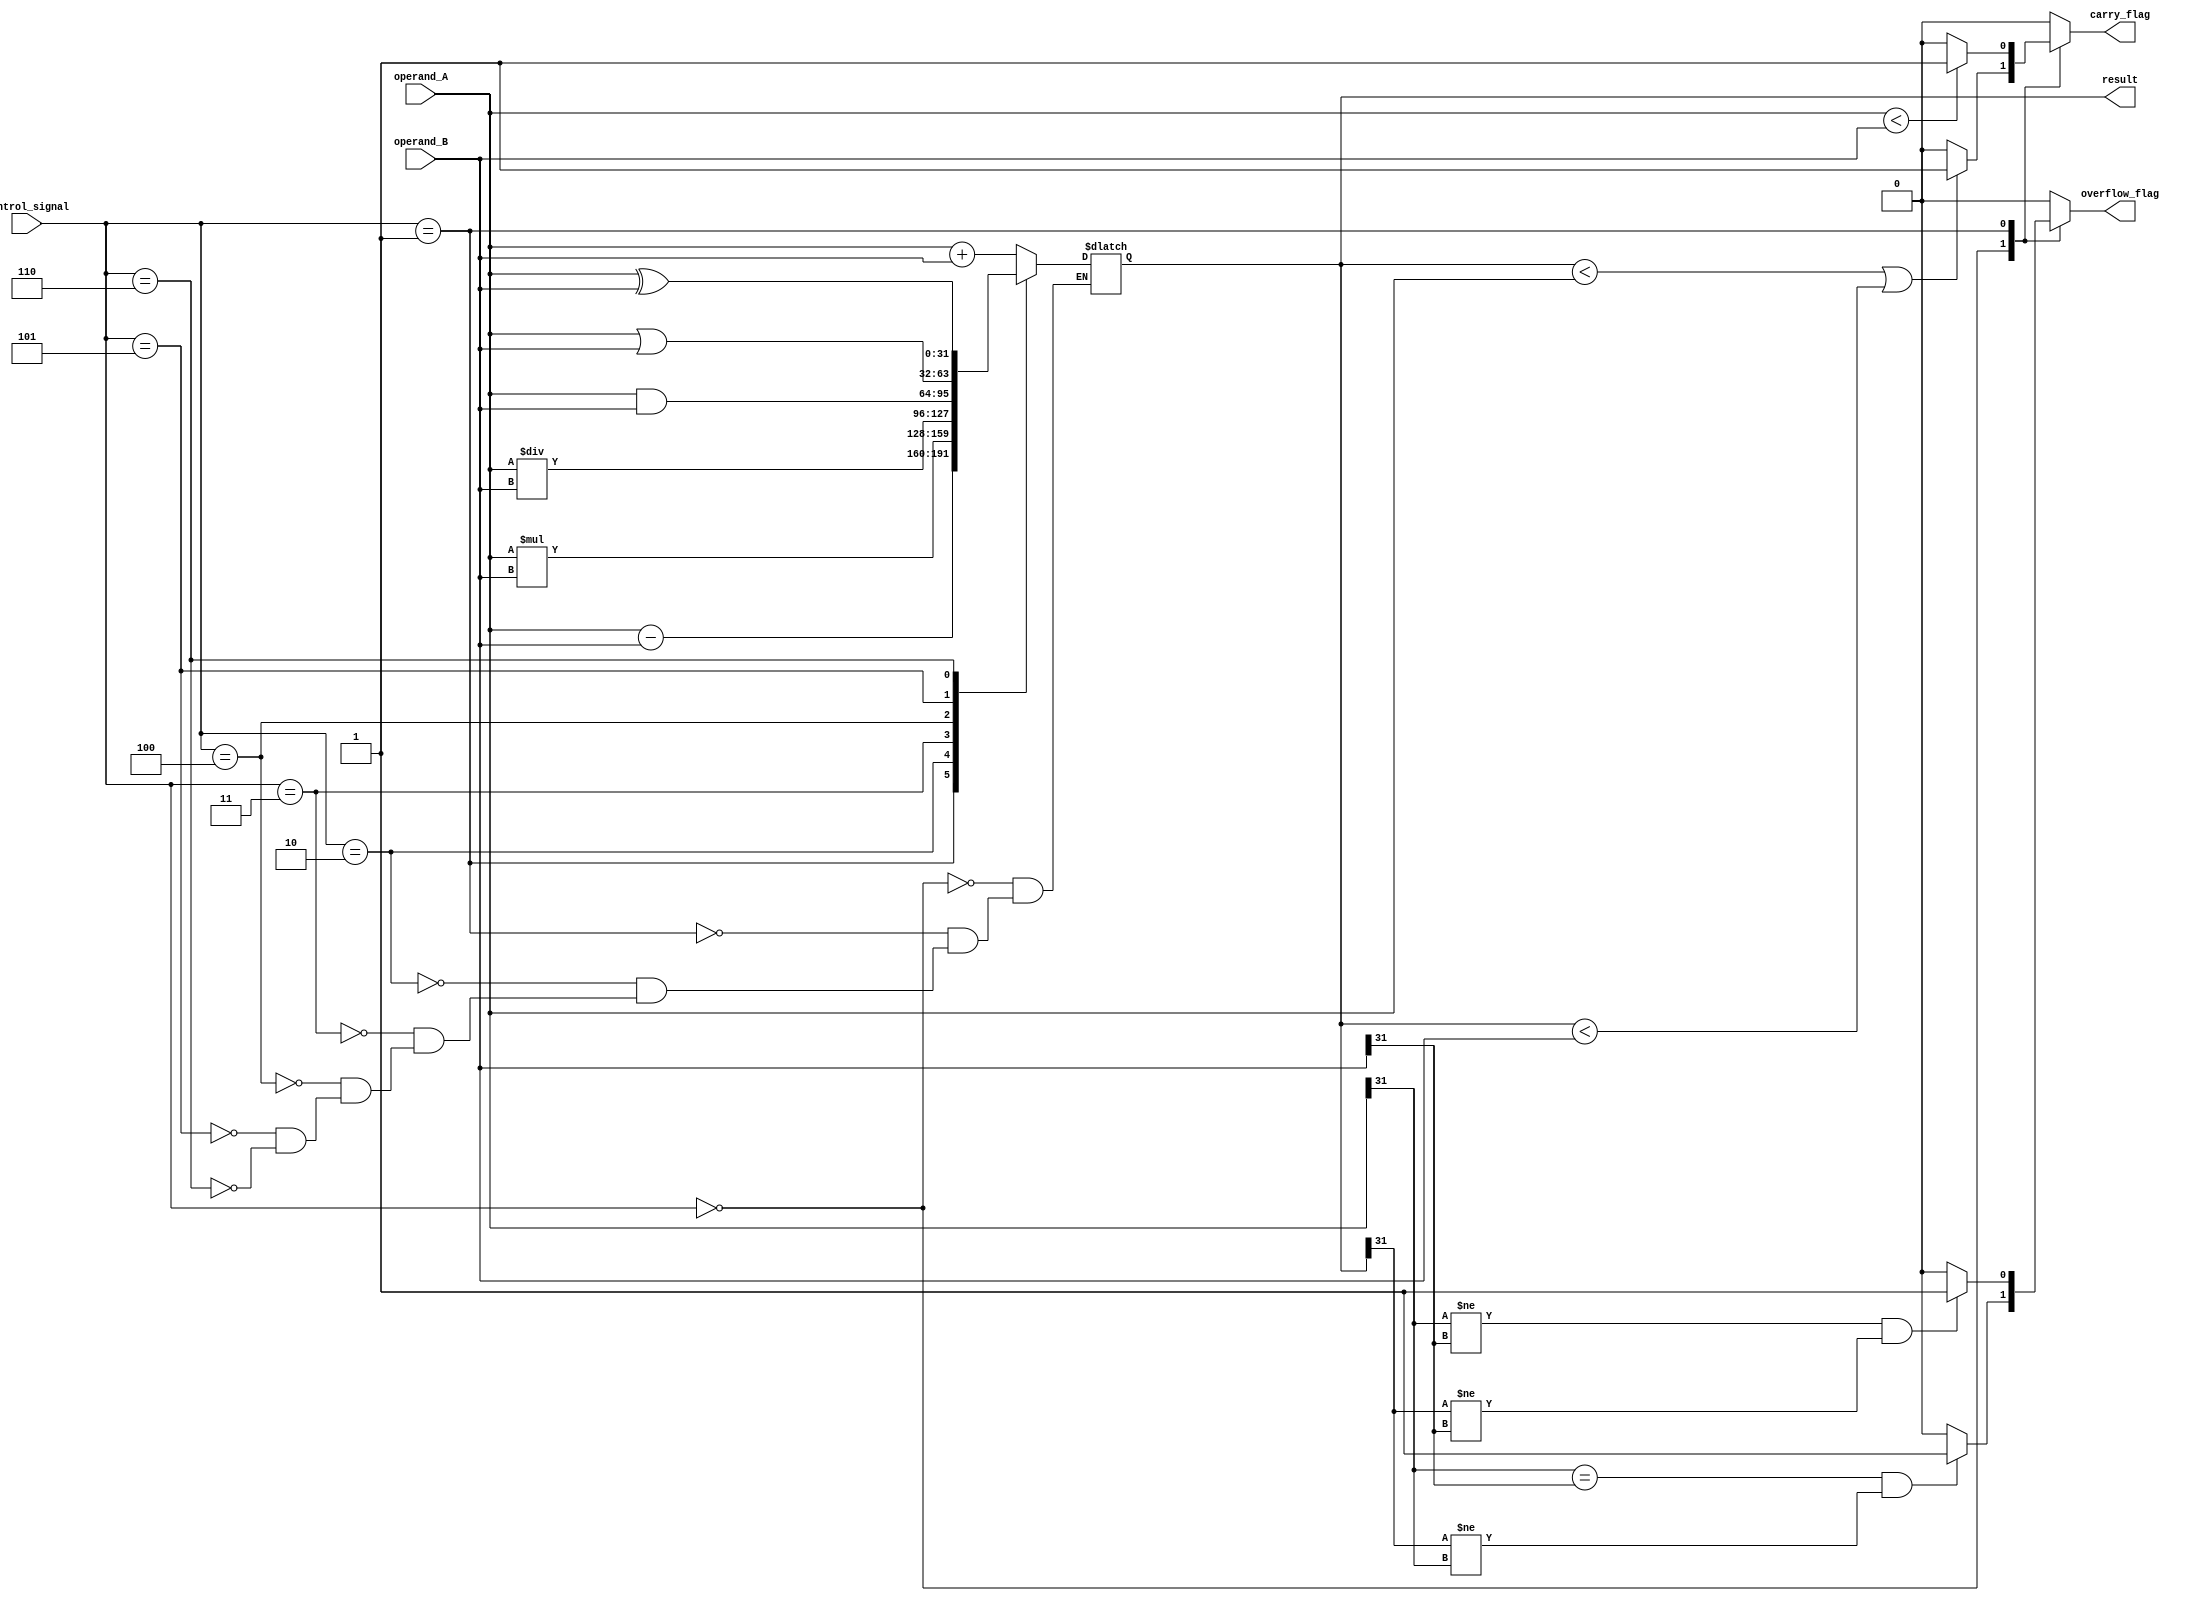
module ALU (
    input [31:0] operand_A,
    input [31:0] operand_B,
    input [2:0] control_signal,
    output reg [31:0] result,
    output reg carry_flag,
    output reg overflow_flag
);

always @(*) begin
    case (control_signal)
        3'b000: result = operand_A + operand_B; // addition
        3'b001: result = operand_A - operand_B; // subtraction
        3'b010: result = operand_A * operand_B; // multiplication
        3'b011: result = operand_A / operand_B; // division
        3'b100: result = operand_A & operand_B; // bitwise AND
        3'b101: result = operand_A | operand_B; // bitwise OR
        3'b110: result = operand_A ^ operand_B; // bitwise XOR
    endcase
end

// Carry and overflow flags logic (assumed for addition and subtraction operations)
always @(*) begin
    case (control_signal)
        3'b000: begin // addition
            if (result < operand_A || result < operand_B) carry_flag = 1;
            else carry_flag = 0;
            if (operand_A[31] == operand_B[31] && result[31] != operand_A[31]) overflow_flag = 1;
            else overflow_flag = 0;
        end
        3'b001: begin // subtraction
            if (operand_A < operand_B) carry_flag = 1;
            else carry_flag = 0;
            if (operand_A[31] != operand_B[31] && result[31] != operand_B[31]) overflow_flag = 1;
            else overflow_flag = 0;
        end
        default: begin
            carry_flag = 0;
            overflow_flag = 0;
        end
    endcase
end

endmodule